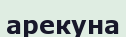
арекуна